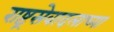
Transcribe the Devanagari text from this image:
राष्ट्रसेवादलाच्या